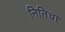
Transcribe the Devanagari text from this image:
नितिचा